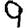
Digit: 9